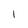
Character: l